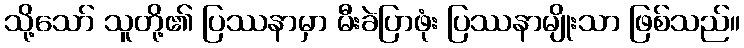
သို့သော် သူတို့၏ ပြဿနာမှာ မီးခဲပြာဖုံး ပြဿနာမျိုးသာ ဖြစ်သည်။